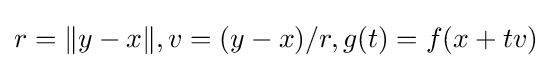
r=\|y-x\|,v=(y-x)/r,g(t)=f(x+tv)